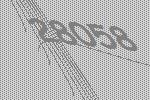
28058